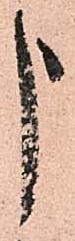
申